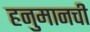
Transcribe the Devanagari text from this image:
हनुमानची